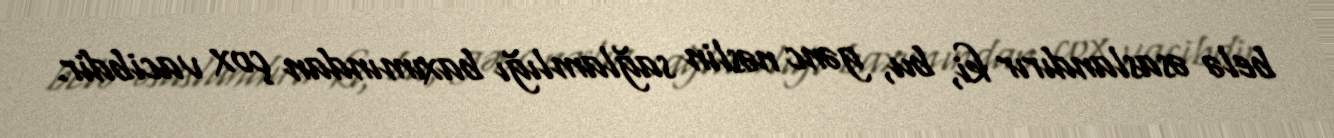
belə əsaslandırır ki, bu, gənc nəslin sağlamlığı baxımından çox vacibdir.